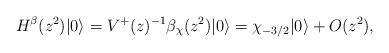
LaTeX: \begin{align*}H^{\beta} (z^2) |0\rangle = V^+(z)^{-1}\beta_\chi(z^2)|0\rangle = \chi _{-3/2}|0\rangle +O(z^2),\end{align*}